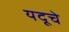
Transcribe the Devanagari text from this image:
यदूचे